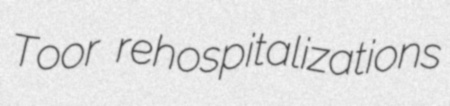
Toor rehospitalizations